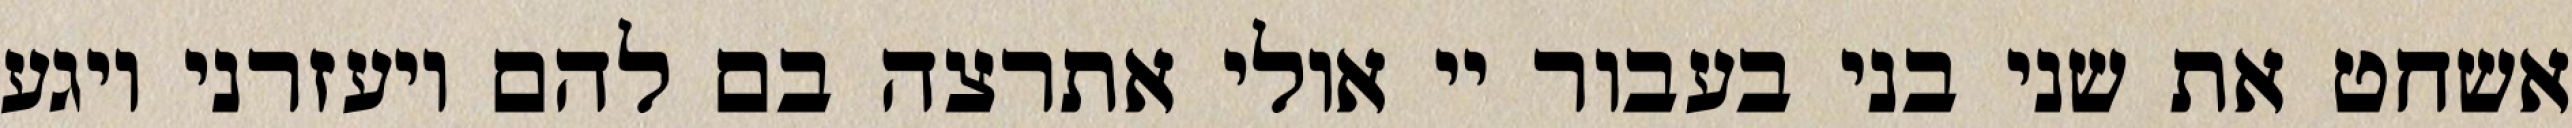
אשחט את שני בני בעבור יי אולי אתרצה בם להם ויעזרני ויגע